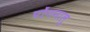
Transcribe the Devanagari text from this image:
पोंगनालु